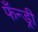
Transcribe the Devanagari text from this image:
फँन्ड्री